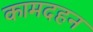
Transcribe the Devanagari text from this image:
कामदहन